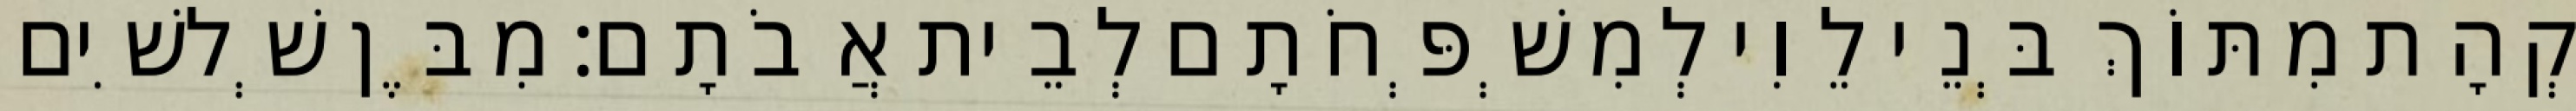
קְהָת מִתּוֹךְ בְּנֵי לֵוִי לְמִשְׁפְּחֹתָם לְבֵית אֲבֹתָם׃ מִבֶּן שְׁלשִׁים